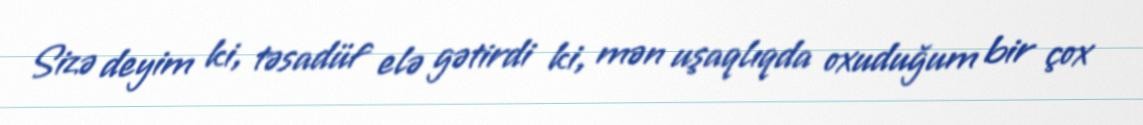
Sizə deyim ki, təsadüf elə gətirdi ki, mən uşaqlıqda oxuduğum bir çox